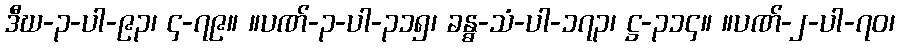
ဒီဃ-၃-ပါ-၉၃၊ ၄-၇၉။ ။ပဏ်-၃-ပါ-၃၁၅၊ ခန္ဓ-သံ-ပါ-၁၇၃၊ ဋ္ဌ-၃၁၄။ ။ပဏ်-၂-ပါ-၇၀၊